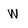
Character: W